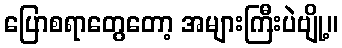
ပြောစရာတွေတော့ အများကြီးပဲဗျို့။